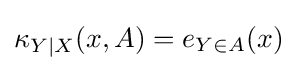
\kappa _{Y\mid X}(x,A)=e_{Y\in A}(x)